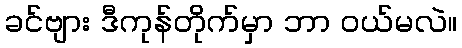
ခင်ဗျား ဒီကုန်တိုက်မှာ ဘာ ဝယ်မလဲ။